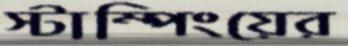
স্টাম্পিংয়ের